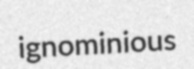
ignominious